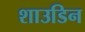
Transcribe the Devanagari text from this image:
शाउडिन